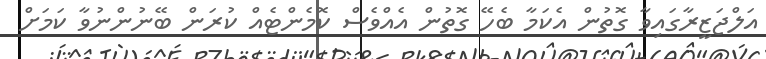
އަލްޖަޒީރާގައިވާ ގޮތުން އެކަމާ ބެހޭ ގޮތުން އެއްވެސް ކޮމެންޓެއް ކުރަން ބޭނުންނުވާ ކަމަށް